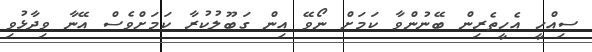
ސިއްހީ އެހީތެރިން ބޭނުންވާ ކަމަށް ނޯވޭ އިން ގަބޫލުކުރާ ކަމަށްވެސް އޭނާ ވިދާޅުވި